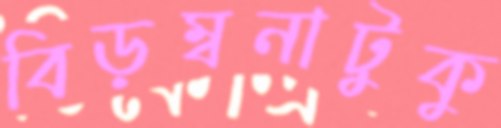
বিড়ম্বনাটুকু